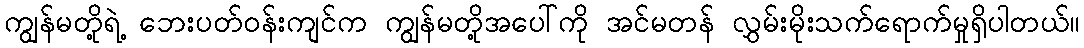
ကျွန်မတို့ရဲ့ ဘေးပတ်ဝန်းကျင်က ကျွန်မတို့အပေါ်ကို အင်မတန် လွှမ်းမိုးသက်ရောက်မှုရှိပါတယ်။